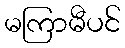
မကြာမီပင်